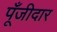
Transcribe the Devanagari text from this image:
पूँजीदार